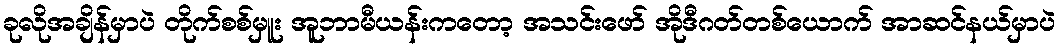
ခုလိုအချိန်မှာပဲ တိုက်စစ်မှူး အူဘာမီယန်းကတော့ အသင်းဖော် အိုဒီဂတ်တစ်ယောက် အာဆင်နယ်မှာပဲ